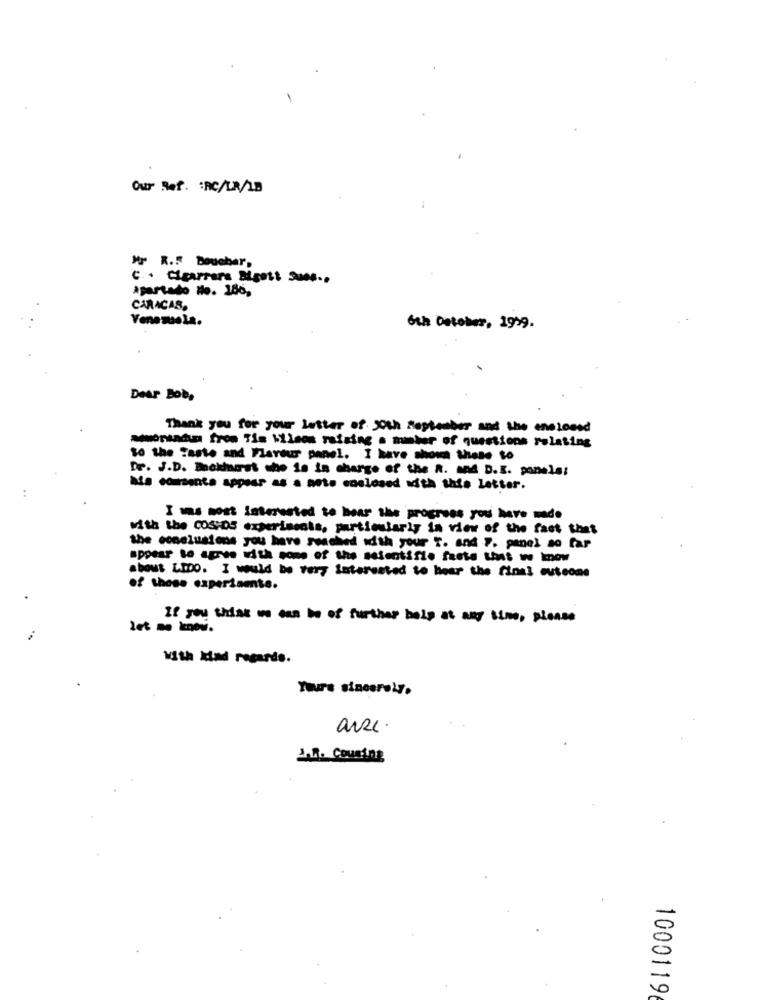
Our Ref. : RC/LR/LB
Mir R.F Douebar,
C. . Cigarrera Bigott Sues ..
apartado No. 180,
CARACAS,
Venezuela.
6th Detoher, 1999.
Dear Bob,
Thank you for your letter of Josh september and the enclosed
amonia from Tis Wilson raising . maker of questions relating
to the Taste and Flavour panel. I have shown these to
Dr. J.D. Backhaast who is in charge of the R. and D.E. panela:
hla comsenta appear as a aete enelosed acth this letter.
I was most Interested to hear the progress you have made
with the COSHDS experiments, particularly in view of the fact that
the conclusions you have reached with your T. and ". panel so far
appear to agree with some of the salentifie faste that we know
about LIDO. I would be very interested to hear the final outcome
of these experiamts.
If you think we can be of further help at any time, please
with Mad regards.
Yours sincerely,
2 ... Couning
10001196